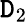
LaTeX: \mathtt{D}_{2}